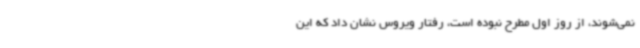
نمی‌شوند، از روز اول مطرح نبوده است، رفتار ویروس نشان داد که این